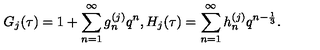
G _ { j } ( \tau ) = 1 + \sum _ { n = 1 } ^ { \infty } g _ { n } ^ { ( j ) } q ^ { n } , H _ { j } ( \tau ) = \sum _ { n = 1 } ^ { \infty } h _ { n } ^ { ( j ) } q ^ { n - \frac { 1 } { 3 } } .